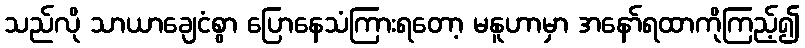
သည်လို သာယာချေငံစွာ ပြောနေသံကြားရတော့ မနူဟာမှာ အနော်ရထာကိုကြည့်၍